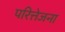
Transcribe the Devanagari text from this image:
परित्तेजना